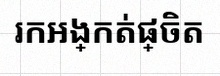
រកអង្កត់ផ្ចិត